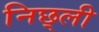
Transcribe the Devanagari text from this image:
निछ्ली